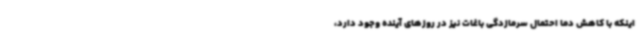
اینکه با کاهش دما احتمال سرمازدگی باغات نیز در روزهای آینده وجود دارد،